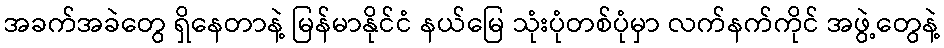
အခက်အခဲတွေ ရှိနေတာနဲ့ မြန်မာနိုင်ငံ နယ်မြေ သုံးပုံတစ်ပုံမှာ လက်နက်ကိုင် အဖွဲ့တွေနဲ့